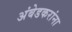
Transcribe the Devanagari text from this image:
अंबेडकरांना